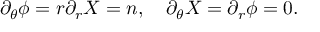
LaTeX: \partial _ { \theta } \phi = r \partial _ { r } X = n , \quad \partial _ { \theta } X = \partial _ { r } \phi = 0 .